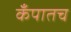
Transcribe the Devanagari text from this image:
कँपातच